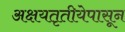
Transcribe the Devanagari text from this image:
अक्षयतृतीयेपासून